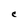
Character: C